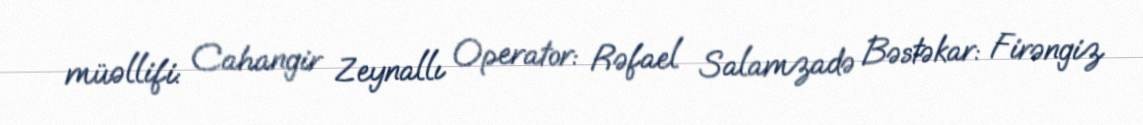
müəllifi: Cahangir Zeynallı Operator: Rəfael Salamzadə Bəstəkar: Firəngiz